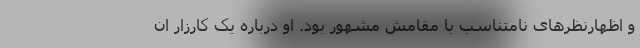
و اظهارنظرهای نامتناسب با مقامش مشهور بود. او درباره یک کارزار ان